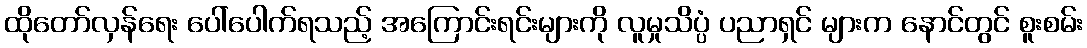
ထိုတော်လှန်ရေး ပေါ်ပေါက်ရသည့် အကြောင်းရင်းများကို လူမှုသိပ္ပံ ပညာရှင် များက နောင်တွင် စူးစမ်း